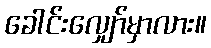
ခေါင်းလျှော်မှာလား။